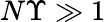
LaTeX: N\Upsilon\gg 1